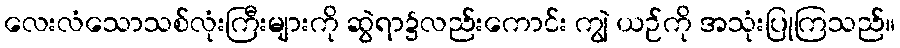
လေးလံသောသစ်လုံးကြီးများကို ဆွဲရာ၌လည်းကောင်း ကျွဲ ယဉ်ကို အသုံးပြုကြသည်။